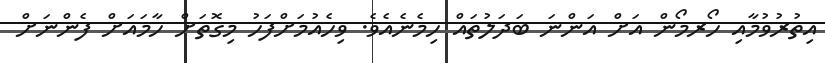
އިތުރުވުމާއި ހޯރމޯން އަށް އަންނަ ބަދަލުތައް ހިމެނެއެވެ. ވިހެއުމަށްފަހު މިގޮތަށް ހާމައަށް ފެންނަށް